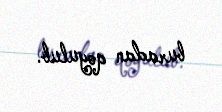
buradan qoyulub.